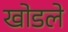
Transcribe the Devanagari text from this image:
खोडले